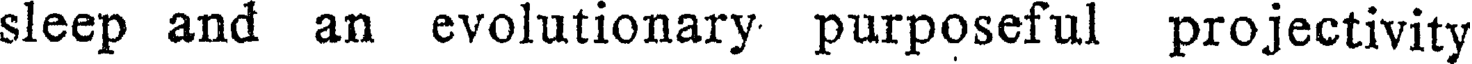
sleep and an evolutionary purposeful projectivity